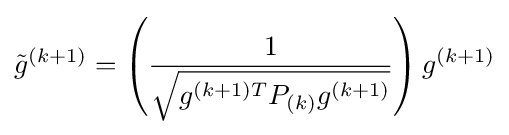
{\tilde {g}}^{(k+1)}=\left({\frac {1}{\sqrt {g^{(k+1)T}P_{(k)}g^{(k+1)}}}}\right)g^{(k+1)}